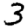
Digit: 3